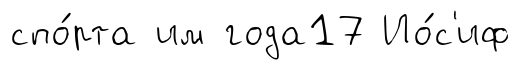
спо́рта им года17 Ио́с'иф